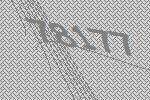
78177